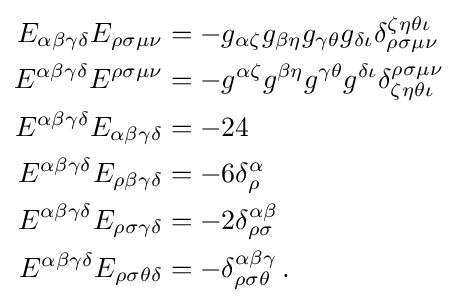
{\begin{aligned}E_{\alpha \beta \gamma \delta }E_{\rho \sigma \mu \nu }&=-g_{\alpha \zeta }g_{\beta \eta }g_{\gamma \theta }g_{\delta \iota }\delta _{\rho \sigma \mu \nu }^{\zeta \eta \theta \iota }\\E^{\alpha \beta \gamma \delta }E^{\rho \sigma \mu \nu }&=-g^{\alpha \zeta }g^{\beta \eta }g^{\gamma \theta }g^{\delta \iota }\delta _{\zeta \eta \theta \iota }^{\rho \sigma \mu \nu }\\E^{\alpha \beta \gamma \delta }E_{\alpha \beta \gamma \delta }&=-24\\E^{\alpha \beta \gamma \delta }E_{\rho \beta \gamma \delta }&=-6\delta _{\rho }^{\alpha }\\E^{\alpha \beta \gamma \delta }E_{\rho \sigma \gamma \delta }&=-2\delta _{\rho \sigma }^{\alpha \beta }\\E^{\alpha \beta \gamma \delta }E_{\rho \sigma \theta \delta }&=-\delta _{\rho \sigma \theta }^{\alpha \beta \gamma }\,.\end{aligned}}